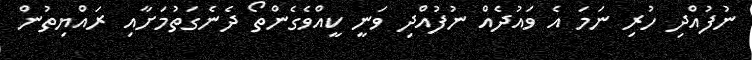
ނުފުއްދި ހުރި ނަމަ އެ ވައުދެއް ނުފުއްދި ވަނީ ކީއްވެގެންތޯ ދެނެގަތުމަށާއި ރައްޔިތުން